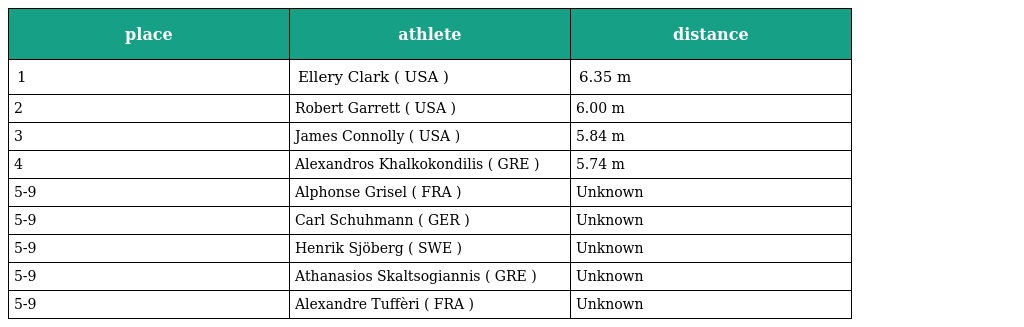
| place | athlete | distance |
 | --- | --- | --- |
 | 1 | Ellery Clark ( USA ) | 6.35 m |
 | 2 | Robert Garrett ( USA ) | 6.00 m |
 | 3 | James Connolly ( USA ) | 5.84 m |
 | 4 | Alexandros Khalkokondilis ( GRE ) | 5.74 m |
 | 5-9 | Alphonse Grisel ( FRA ) | Unknown |
 | 5-9 | Carl Schuhmann ( GER ) | Unknown |
 | 5-9 | Henrik Sjöberg ( SWE ) | Unknown |
 | 5-9 | Athanasios Skaltsogiannis ( GRE ) | Unknown |
 | 5-9 | Alexandre Tuffèri ( FRA ) | Unknown |